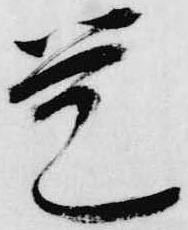
覚